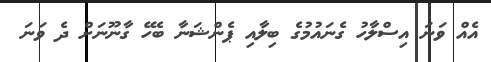
އެއް ވަނަ އިސްލާހު ގެނައުމުގެ ބިލާއި ޕެންޝަނާ ބެހޭ ގާނޫނަށް ދެ ވަނަ